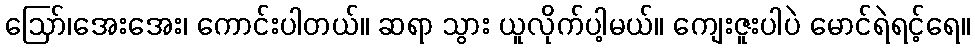
ဪ၊အေးအေး၊ ကောင်းပါတယ်။ ဆရာ သွား ယူလိုက်ပါ့မယ်။ ကျေးဇူးပါပဲ မောင်ရဲရင့်ရေ။